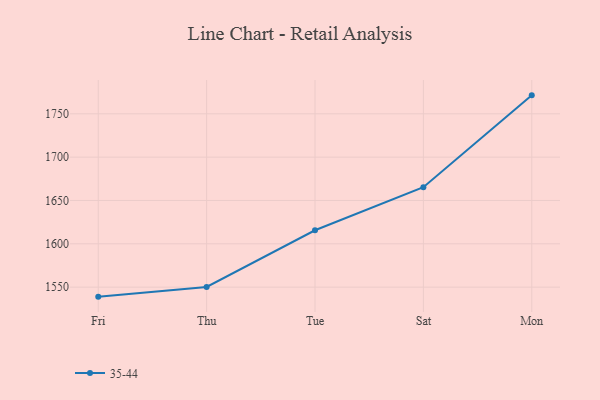
{"axis": {"x": "Day", "y": "Energy Usage (MWh)"}, "legend": ["35-44"], "data": [{"x": "Fri", "y": 1539.0, "type": "35-44"}, {"x": "Thu", "y": 1550.2, "type": "35-44"}, {"x": "Tue", "y": 1615.6, "type": "35-44"}, {"x": "Sat", "y": 1665.3, "type": "35-44"}, {"x": "Mon", "y": 1771.3, "type": "35-44"}]}